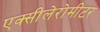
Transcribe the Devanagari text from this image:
एक्सीलेरोमीटर